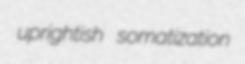
uprightish somatization